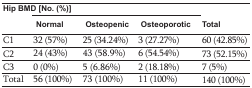
| <COLSPAN=5> Hip BMD [No. (%)] |
 |  | Normal | Osteopenic | Osteoporotic | Total |
 | --- | --- | --- | --- | --- |
 | C1 | 32 (57%) | 25 (34.24%) | 3 (27.27%) | 60 (42.85%) |
 | C2 | 24 (43%) | 43 (58.9%) | 6 (54.54%) | 73 (52.15%) |
 | C3 | 0 (0%) | 5 (6.86%) | 2 (18.18%) | 7 (5%) |
 | Total | 56 (100%) | 73 (100%) | 11 (100%) | 140 (100%) |